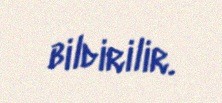
bildirilir.